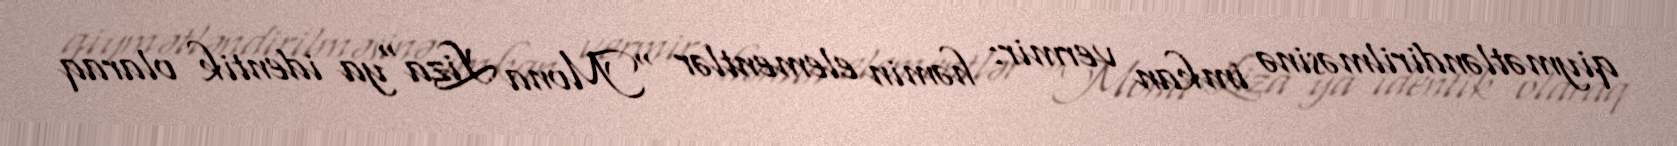
qiymətləndirilməsinə imkan vermir: həmin elementlər "Mona Liza"ya identik olaraq